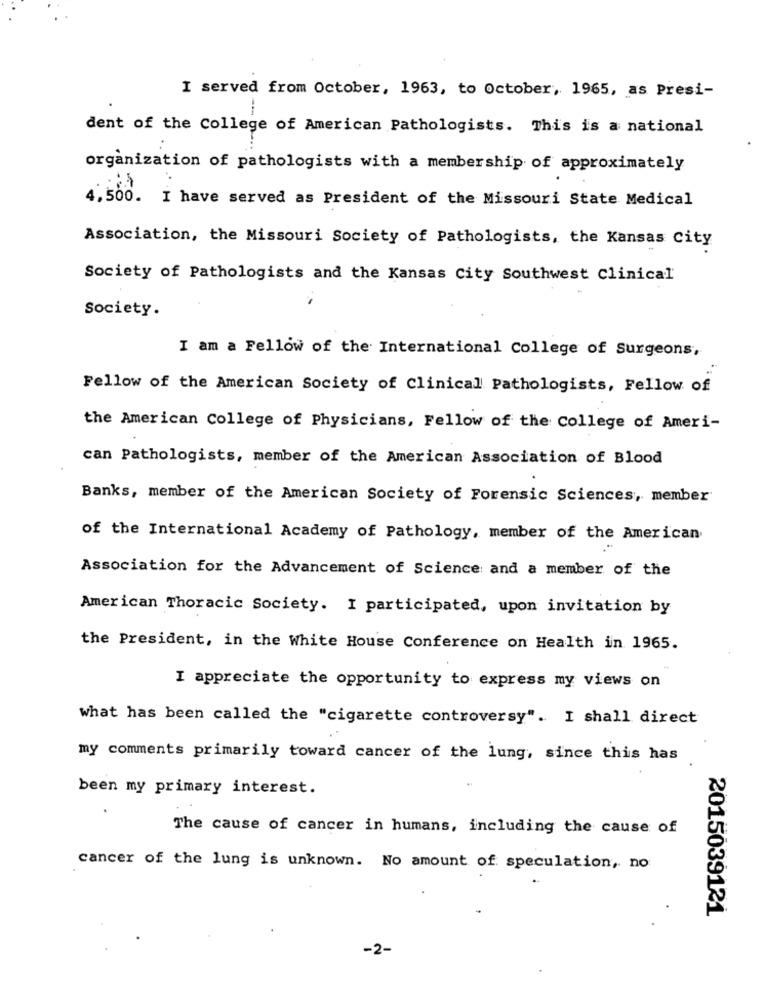
I served from October, 1963, to October, 1965, as Presi-
dent of the College of American Pathologists. This is a national
organization of pathologists with a membership of approximately
4.500. I have served as President of the Missouri State Medical
Association, the Missouri Society of Pathologists, the Kansas City
Society of Pathologists and the Kansas City Southwest Clinical
Society.
I am a Fellow of the International College of Surgeons,
Fellow of the American Society of Clinical Pathologists, Fellow of
the American College of Physicians, Fellow of the College of Ameri-
can Pathologists, member of the American Association of Blood
Banks, member of the American Society of Forensic Sciences, member
of the International Academy of Pathology, member of the American
Association for the Advancement of Science and a member of the
American Thoracic Society. I participated, upon invitation by
the President, in the White House Conference on Health in 1965.
I appreciate the opportunity to express my views on
what has been called the "cigarette controversy". I shall direct
my comments primarily toward cancer of the lung, since this has
been my primary interest.
The cause of cancer in humans, including the cause of
cancer of the lung is unknown. No amount of speculation, no
2015039121
-2-